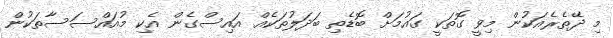
މި ދޭތެރެއަކުން މިވީ ގޮތަކީ ގައުމަށް ބޮޑެތި ބަދަލުތަކެއް އައިސްގެން އެކި މުއައްސަސާތަކުން